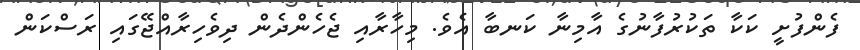
ފެންފުށީ ކަކާ ތަކުރުފާނުގެ އާމިނާ ކަނބާ އެވެ. މިހާރާއި ޖެހެންދެން ދިވެހިރާއްޖޭގައި ރަސްކަން